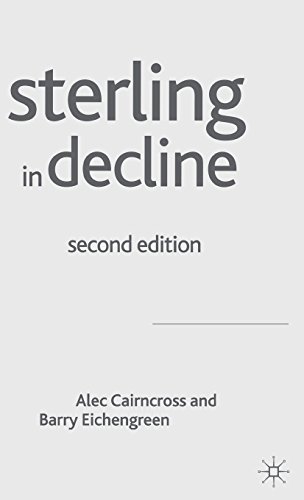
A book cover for Sterling in Decline: The Devaluations of 1931, 1949 and 1967; Second Edition; Alec Cairncross; Business & Money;